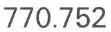
770.752